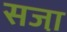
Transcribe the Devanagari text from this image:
सजा़